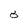
Character: 8